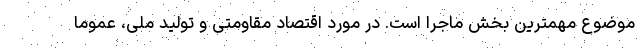
موضوع مهمترین بخش ماجرا است. در مورد اقتصاد مقاومتی و تولید ملی، عموما